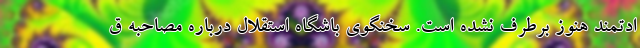
ادتمند هنوز برطرف نشده است. سخنگوی باشگاه استقلال درباره مصاحبه ق